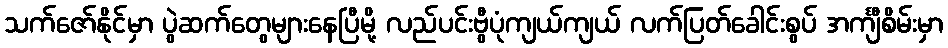
သက်ဇော်နိုင်မှာ ပွဲဆက်တွေများနေပြီမို့ လည်ပင်းဗွီပုံကျယ်ကျယ် လက်ပြတ်ခေါင်းစွပ် အင်္ကျီစိမ်းမှာ